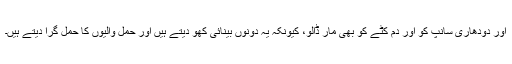
اور دودھاری سانپ کو اور دُم کٹے کو بھی مار ڈالو، کیونکہ یہ دونوں بینائی کھو دیتے ہیں اور حمل والیوں کا حمل گرا دیتے ہیں۔